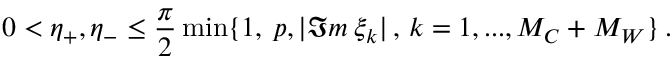
0 < \eta _ { + } , \eta _ { - } \leq \frac { \pi } { 2 } \operatorname * { m i n } \{ 1 , \: p , | \Im m \: \xi _ { k } | \, , \, k = 1 , . . . , M _ { C } + M _ { W } \} \: .